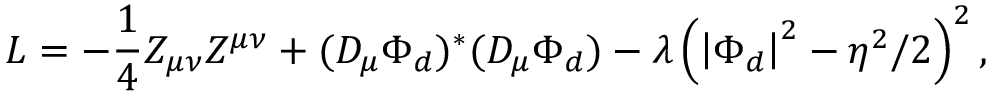
{ \cal L } = - \frac 1 4 Z _ { \mu \nu } Z ^ { \mu \nu } + ( D _ { \mu } \Phi _ { d } ) ^ { * } ( D _ { \mu } \Phi _ { d } ) - \lambda \left( \left| \Phi _ { d } \right| ^ { 2 } - \eta ^ { 2 } / 2 \right) ^ { 2 } ,